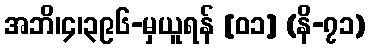
အဘိ၊၄၊၃၉၆-မှယူရန် [၀၁] (နိ-၇၁)